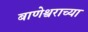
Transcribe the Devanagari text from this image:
बाणेश्वराच्या